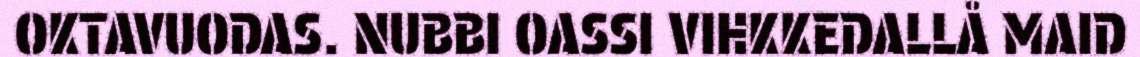
OKTAVUODAS. NUBBI OASSI VIHKKEDALLÅ MAID